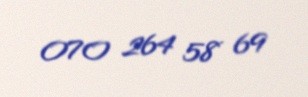
070 264 58 69